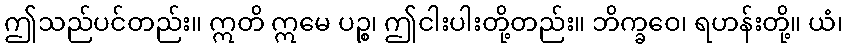
ဤသည်ပင်တည်း။ ဣတိ ဣမေ ပဉ္စ၊ ဤငါးပါးတို့တည်း။ ဘိက္ခဝေ၊ ရဟန်းတို့။ ယံ၊